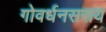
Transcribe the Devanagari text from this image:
गोवर्धनसराय